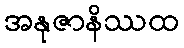
အနုဇာနိဿထ